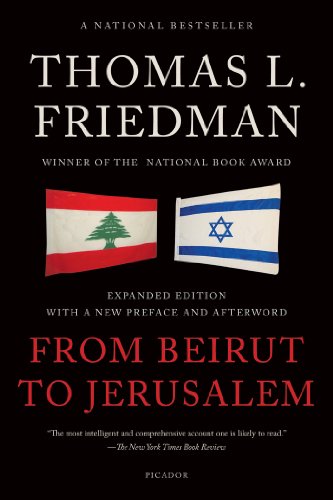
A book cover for From Beirut to Jerusalem; Thomas L. Friedman; History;